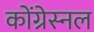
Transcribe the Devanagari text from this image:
कोंग्रेस्नल